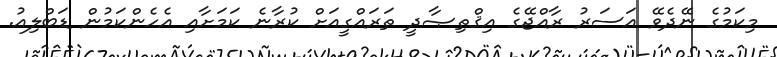
މިކަމުގެ ނޭދެވޭ އަސަރު ރާއްޖޭގެ އިޤްތިޞާދީ ތަރައްގީއަށް ކުރާނެ ކަމަށާއި އެހެންކަމުން ޑަބްލިއު.